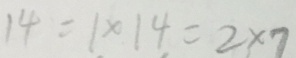
1 4 = 1 \times 1 4 = 2 \times 7